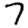
Digit: 7